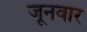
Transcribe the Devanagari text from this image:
जूनवार